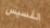
القسيس